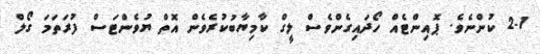
2-1 ކުންނެވެ. ޕޮއިންޓެއް ހޯދައިގެންވެސް ލީގް ކާމިޔާބުކުރެވެން އޮތް ޔުވެންޓަސް ފުރަތަމަ ގޯލް